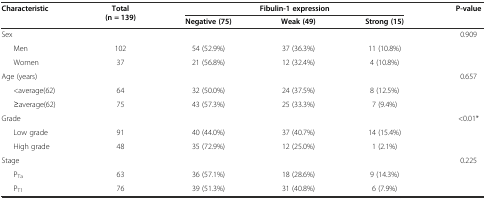
<table><thead><tr><td rowspan="2"><b>Characteristic</b></td><td rowspan="2"><b>Total (n = 139)</b></td><td colspan="3"><b>Fibulin-1 expression</b></td><td rowspan="2"><b>P-value</b></td></tr><tr><td><b>Negative (75)</b></td><td><b>Weak (49)</b></td><td><b>Strong (15)</b></td></tr></thead><tbody><tr><td>Sex</td><td></td><td></td><td></td><td></td><td>0.909</td></tr><tr><td>Men</td><td>102</td><td>54 (52.9%)</td><td>37 (36.3%)</td><td>11 (10.8%)</td><td></td></tr><tr><td>Women</td><td>37</td><td>21 (56.8%)</td><td>12 (32.4%)</td><td>4 (10.8%)</td><td></td></tr><tr><td>Age (years)</td><td></td><td></td><td></td><td></td><td>0.657</td></tr><tr><td>&lt;average(62)</td><td>64</td><td>32 (50.0%)</td><td>24 (37.5%)</td><td>8 (12.5%)</td><td></td></tr><tr><td>≥average(62)</td><td>75</td><td>43 (57.3%)</td><td>25 (33.3%)</td><td>7 (9.4%)</td><td></td></tr><tr><td>Grade</td><td></td><td></td><td></td><td></td><td>&lt;0.01*</td></tr><tr><td>Low grade</td><td>91</td><td>40 (44.0%)</td><td>37 (40.7%)</td><td>14 (15.4%)</td><td></td></tr><tr><td>High grade</td><td>48</td><td>35 (72.9%)</td><td>12 (25.0%)</td><td>1 (2.1%)</td><td></td></tr><tr><td>Stage</td><td></td><td></td><td></td><td></td><td>0.225</td></tr><tr><td>P<sub>Ta</sub></td><td>63</td><td>36 (57.1%)</td><td>18 (28.6%)</td><td>9 (14.3%)</td><td></td></tr><tr><td>P<sub>T1</sub></td><td>76</td><td>39 (51.3%)</td><td>31 (40.8%)</td><td>6 (7.9%)</td><td></td></tr></tbody></table>